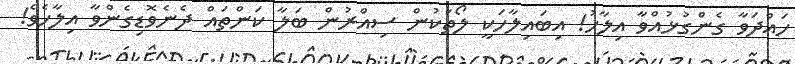
ހައްދަވާ ގެންގުޅުއްވާ އިލާހު! އިބައިލާހަކީ ލޯތަކުން ސިއްރުން ބަލާ ކަންތައް ދެނެވޮޑިގެންވާ އިލާހެވެ!